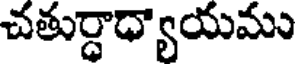
చతుర్ధాధ్యాయము